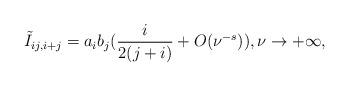
LaTeX: \begin{align*} \tilde I_{ij, i+j}=a_i b_j (\frac{i}{2(j+i)} + O(\nu^{-s})), \nu \to +\infty, \end{align*}